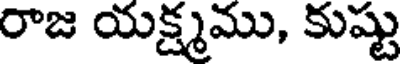
రాజ యక్ష్మము, కుష్టు